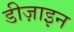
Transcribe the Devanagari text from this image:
डीज़ाइन